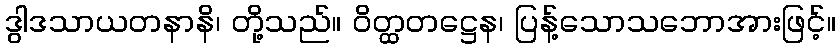
ဒွါဒသာယတနာနိ၊ တို့သည်။ ဝိတ္ထတဋ္ဌေန၊ ပြန့်သောသဘောအားဖြင့်။